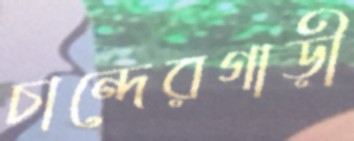
চান্দেরগাড়ী